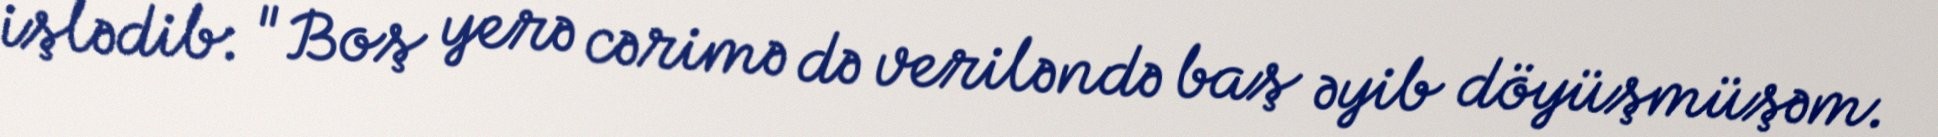
işlədib: "Boş yerə cərimə də veriləndə baş əyib döyüşmüşəm.